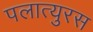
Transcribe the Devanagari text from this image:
पलात्युरस